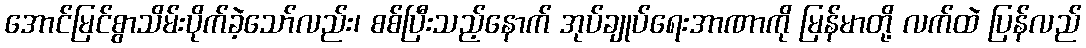
အောင်မြင်စွာသိမ်းပိုက်ခဲ့သော်လည်း၊ စစ်ပြီးသည့်နောက် အုပ်ချုပ်ရေးအာဏာကို မြန်မာတို့ လက်ထဲ ပြန်လည်